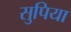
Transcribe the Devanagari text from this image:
सुपिया